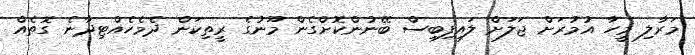
މަރާލި މީހާ އުމުރަށް ޖަލަށް ލައިފިބިސް ބޭނުންކޮށްގެން މޫނުގެ ރީތިކަން ދެމެހެއްޓިދާނެ ގޮތެއް